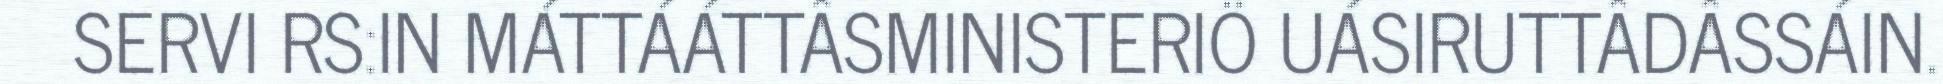
SERVI RS:IN MÁTTÁÁTTÂSMINISTERIÖ UÁSIRUTTÂDÂSSÁIN.